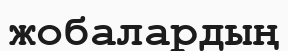
жобалардың